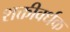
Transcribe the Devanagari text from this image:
शक्तीवर्धक